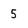
Character: 5